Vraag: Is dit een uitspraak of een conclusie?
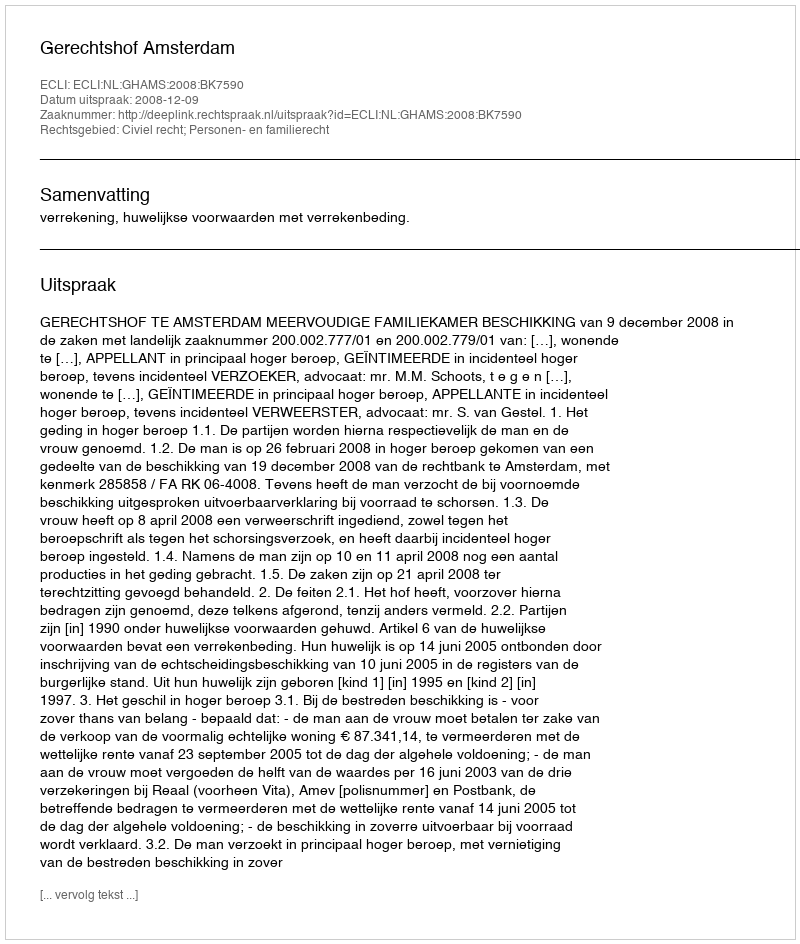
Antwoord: Uitspraak